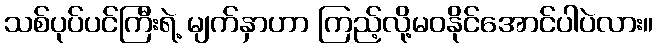
သစ်ပုပ်ပင်ကြီးရဲ့ မျက်နှာဟာ ကြည့်လို့မဝနိုင်အောင်ပါပဲလား။